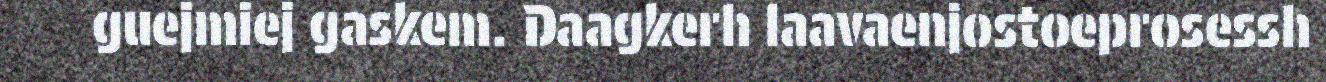
guejmiej gaskem. Daagkerh laavaenjostoeprosessh